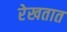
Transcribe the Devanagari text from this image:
रेखतात